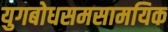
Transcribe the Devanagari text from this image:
युगबोधसमसामयिक